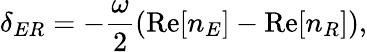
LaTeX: \delta_{ER}=-\frac{\omega}{2}\left(\mathrm{Re}[n_{E}]-\mathrm{Re}[n_{R}]\right),